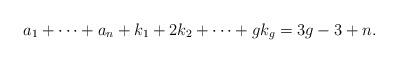
LaTeX: \begin{gather*}a_1+\cdots + a_n + k_1 + 2k_2 + \cdots + g k_g = 3g-3+n.\end{gather*}